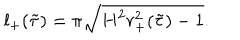
l _ { + } ( \tilde { \tau } ) = \pi \sqrt { H ^ { 2 } r _ { + } ^ { 2 } ( \tilde { \tau } ) - 1 } .